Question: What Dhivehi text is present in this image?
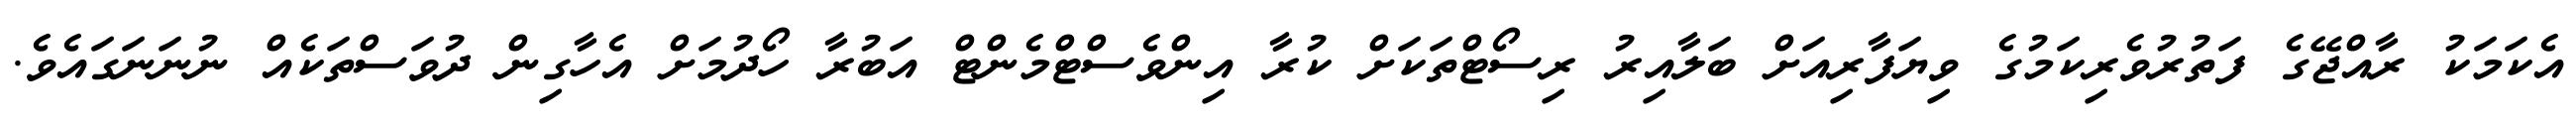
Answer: އެކަމަކު ރާއްޖޭގެ ފަތުރުވެރިކަމުގެ ވިޔަފާރިއަށް ބަލާއިރު ރިސޯޓްތަކަށް ކުރާ އިންވެސްޓްމެންޓް އަބުރާ ހޯދުމަށް އެހާގިން ދުވަސްތަކެއް ނުނަނަގައެވެ.